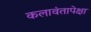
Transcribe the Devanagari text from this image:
कलावंतापेक्षा